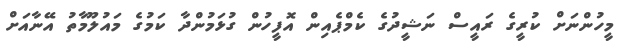
މީހުންނަށް ކުރީގެ ރައީސް ނަޝީދުގެ ކެމްޕެއިން އޮފީހުން ގުޅަމުންދާ ކަމުގެ މައުލޫމާތު އޭނާއަށް